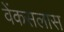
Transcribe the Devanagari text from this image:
वेंकसलास